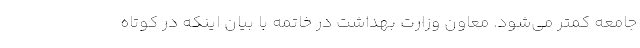
جامعه کمتر می‌شود. معاون وزارت بهداشت در خاتمه با بیان اینکه در کوتاه